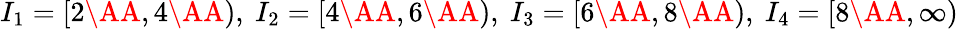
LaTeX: I_{1}=[2\AA,4\AA),~I_{2}=[4\AA,6\AA),~I_{3}=[6\AA,8\AA),~I_{4}=[8\AA,\infty)